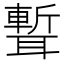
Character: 𦗚